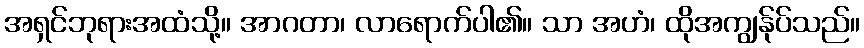
အရှင်ဘုရားအထံသို့။ အာဂတာ၊ လာရောက်ပါ၏။ သာ အဟံ၊ ထိုအကျွန်ုပ်သည်။